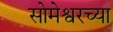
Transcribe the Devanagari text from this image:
सोमेश्वरच्या